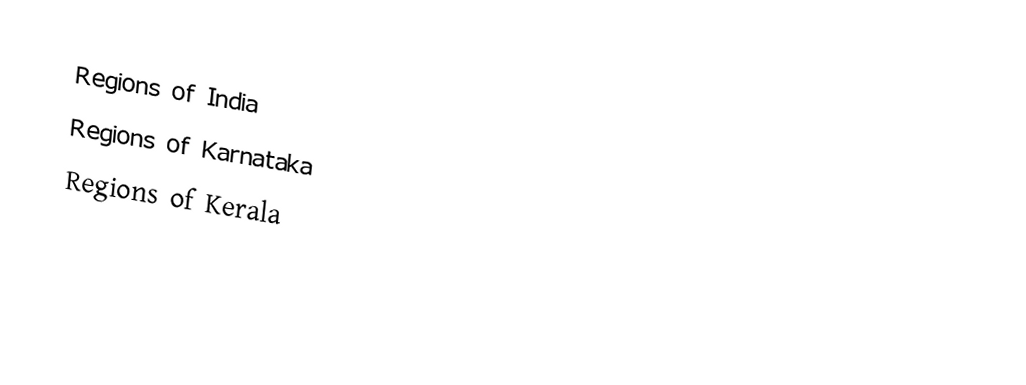
Regions of India
Regions of Karnataka
Regions of Kerala